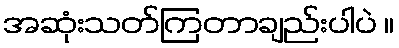
အဆုံးသတ်ကြတာချည်းပါပဲ ။